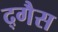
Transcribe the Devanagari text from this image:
द्गैस